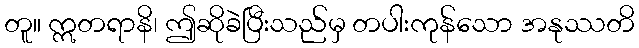
တူ။ ဣတရာနိ၊ ဤဆိုခဲပြီးသည်မှ တပါးကုန်သော အနုဿတိ